Lunatic asylums Punjab 1881-1894 - 1881-1894
Year: 1881
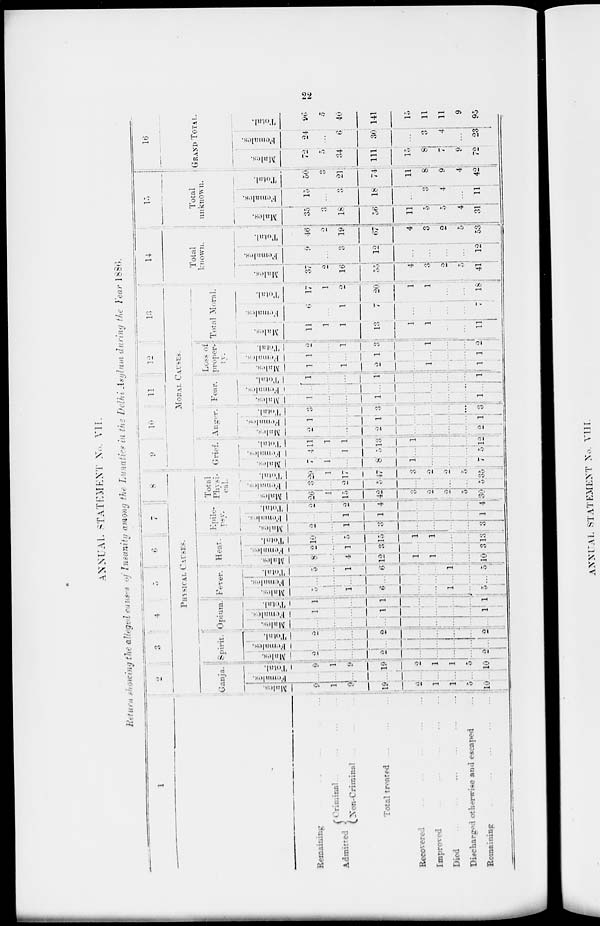
22
ANNUAL STATEMENT No. VII.
Return showing the alleged causes of Insanity among the Lunatics in the Delhi Asylum during the Year 1886.
1
Remaining
...
...
...
...
...
Admitted
Criminal ... ... ... ...
Non-Criminal ... ... ... ...
Total treated ... ... ... ...
Recovered
...
..
...
...
...
...
Improved... ... ... ... ...
Died
...
...
...
...
...
Discharged otherwise and escaped
... ... ... ... ...
Remaining...
...
...
...
...
2
3
4
5
6
7
8
PHYSICAL CAUSES.
Ganja.
Males.
9
1
9
19
2
1
1
5
10
Females.
...
...
...
...
...
...
...
...
...
Total.
9
1
9
19
2
1
1
5
10
Spirit.
Males.
2
...
...
2
...
...
...
...
2
Females.
...
...
...
...
...
...
...
...
...
Total.
2
...
...
2
...
...
...
...
2
Opium.
Males.
...
...
...
...
...
...
...
...
...
Females.
1
...
...
1
...
...
...
....
1
Total.
1
...
...
1
...
...
...
...
1
Fever.
Males.
5
...
1
6
...
...
1
...
5
Females.
...
...
...
...
...
...
...
...
...
Total.
5
...
1
6
...
...
1
...
5
Heat.
Males.
8
...
4
12
1
1
...
...
10
Females.
2
...
1
3
...
...
...
...
3
Total.
10
...
5
15
1
1
...
...
13
Epile-
psy.
Males.
2
...
1
3
...
...
...
...
3
Females.
...
...
1
1
...
...
...
...
1
Total.
2
...
2
4
...
...
...
...
4
Total
Physi-
cal.
Mal es .
26
1
15
42
3
2
2
5
30
Females.
3
...
2
5
...
...
...
...
5
Total.
29
1
17
47
3
2
2
5
35
9
10
11
12
13
MORAL CAUSES.
Grief.
Males.
7
1
...
8
1
...
...
...
7
Females.
4
...
1
5
...
...
...
...
5
Total.
11
1
1
13
1
...
...
...
12
Anger.
Males.
2
...
...
2
...
...
...
...
2
Females.
1
...
...
1
...
...
...
...
1
Tot al .
3
...
...
3
...
...
...
...
3
Fear.
Males.
1
...
...
1
...
...
...
...
1
Females.
...
...
...
...
...
...
...
...
...
Total.
1
...
...
1
...
...
...
...
1
Loss of
proper-
ty.
Males.
1
...
1
2
...
1
...
...
1
Females.
1
...
...
1
...
...
...
...
1
Total.
2
...
1
3
...
1
...
...
2
Total Moral.
Males.
11
1
1
13
1
1
...
11
Females.
6
...
1
7
...
...
...
...
7
Total.
17
1
2
20
1
1
...
...
18
14
Total
known.
Males.
37
2
16
55
4
3
2
5
41
Females.
9
...
3
12
...
...
...
...
12
Total.
46
2
19
67
4
3
2
5
53
15
Total
unknown.
Males.
35
3
18
56
11
5
5
4
31
Females.
15
...
3
18
...
3
4
...
11
Total.
50
3
21
74
11
8
9
4
42
16
GRAND TOTAL.
Males.
72
5
34
111
15
8
7
9
72
Females.
24
...
6
30
...
3
4
...
23
Total.
96
5
40
141
15
11
11
9
95